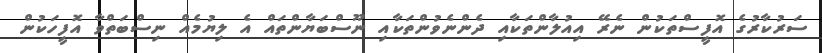
ސަރުކާރުގެ އޮފީސްތަކުން ނެރޭ އިއުލާންތަކާއި ދެންނެވުންތަކާއި ނޫސްބަޔާންތައް އެ ލިޔުމެއް ނިސްބަތްވާ އޮފީހަކުން